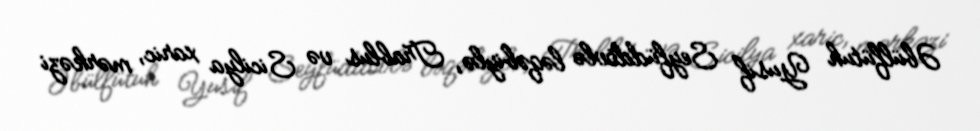
Əbülfütuh Yusif Seyfüddövlə ləqəbiylə, Trablus və Sicilya xaric, mərkəzi